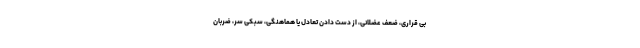
بی قراری، ضعف عضلانی، از دست دادن تعادل یا هماهنگی، سبکی سر، ضربان